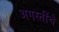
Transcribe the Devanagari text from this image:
अगस्तींचे